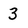
Character: 3